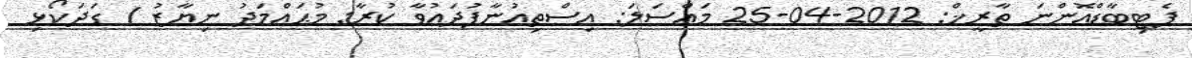
ޕެޓިބާޑްއޮންނަ ތާރީޚް: 2012-04-25 މައްސަލަ: އިސްތިޢުނާފުދައުވާ ކުރާ: މުޙައްމަދު ނިޔާޒު / ގަދަކޯޅި